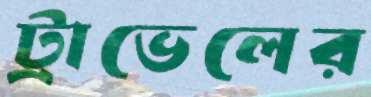
ট্রাভেলের